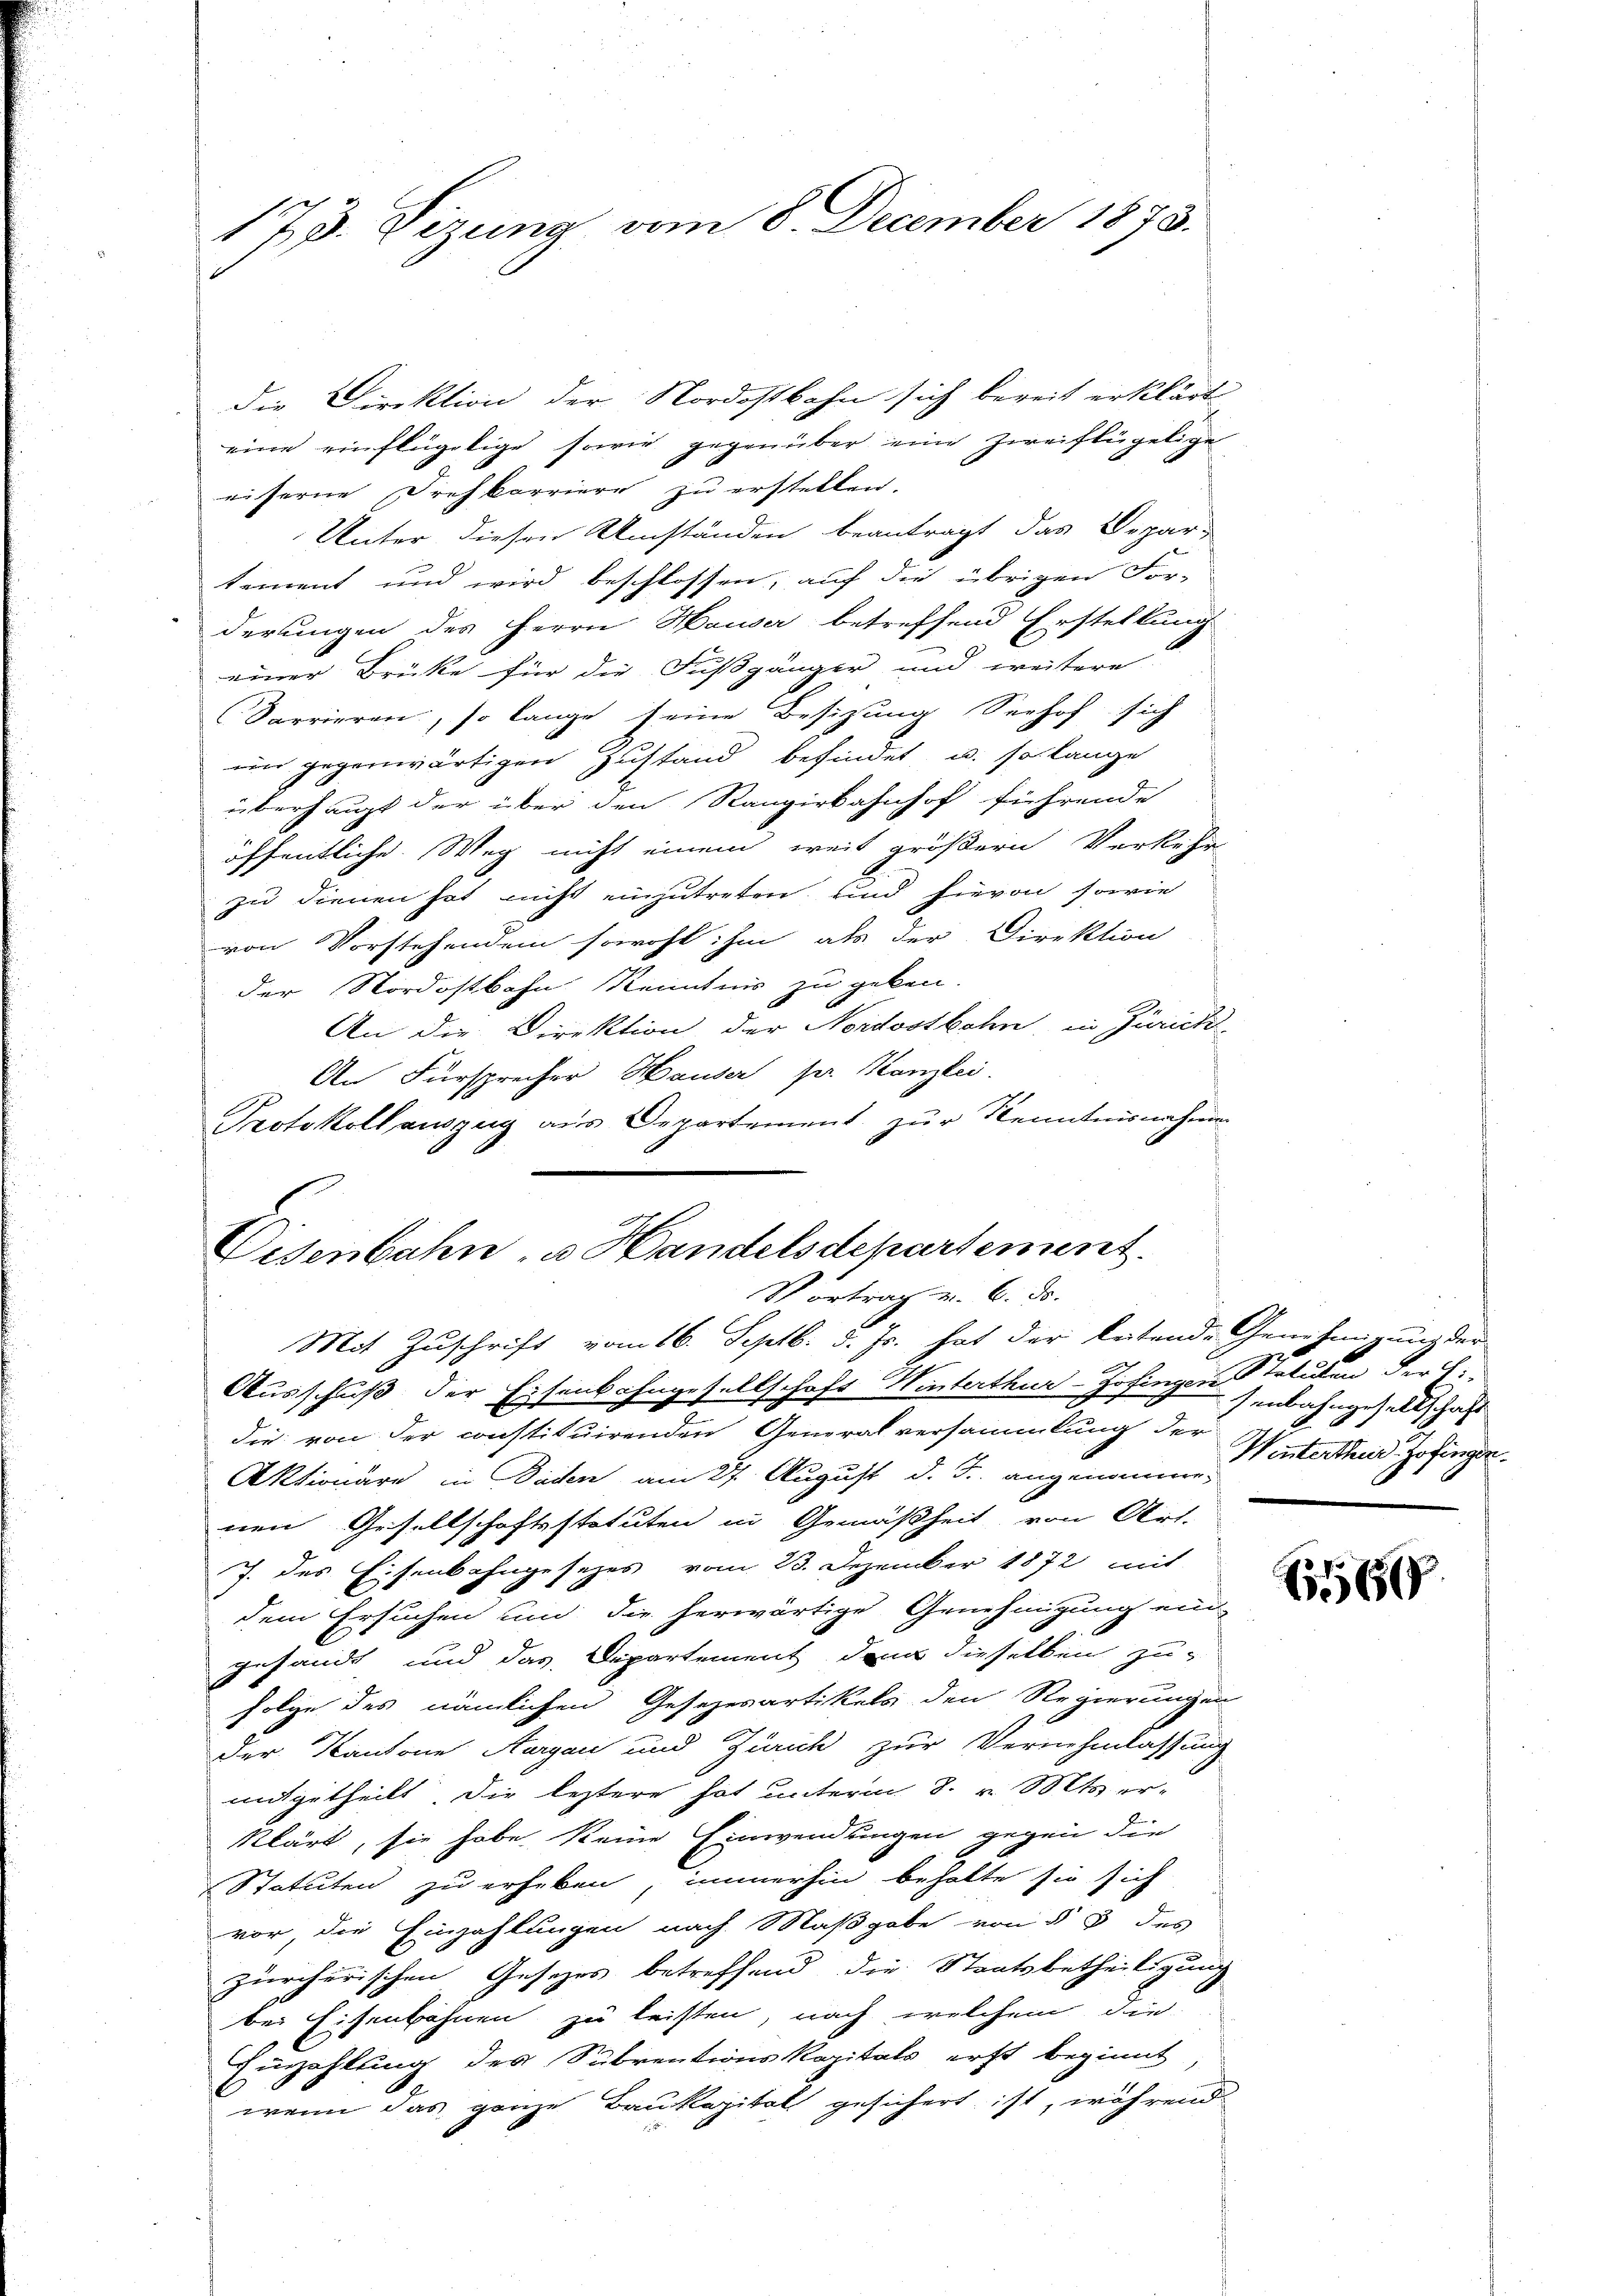
173. Sizung vom 8. December 1873.

die Direktion der Nordostbahn sich bereit erklärt
eine einflügetige sowie gegenüber eine zweiflügelige
eiserne Drehkorriere zu erstellen.
Unter diesen Umständen beantragt das Depar-
tement und wird beschlossen, auf die übrigen For-
derungen des Herrn Hauser betreffend Erstellung
einer Brücke für die Fußgänger und weitere
Sarrieren, so lange seine Besizung Seehof sich
im gegenwärtigen Zustand befindet, u. so lange
überhaupt der über den Rangirkahnhof führende
öffentliche Weg nicht einem weit größern Verkehr
zu dienen hat nicht einzutreten und hievon sowie
von Vorstehenden sowohl. Im als der Direktion
der Nordostbahn Kenntnis zu geben.
An die Direktion der Nordostbahn, in Zürich
An Fürsprecher Hauser sr. Kanzlei.
Protokoll auszug aus Departement zŭr Kenntnisnahmen
Ausschuß der Eisenbahngesellschaft Winterthur–Zofingen Statuten der,
F
die von der constituirenden Generalversammlung der
Aktionäre in Baden am 27. August d. J.. angenommenen Gesellschaftsstatuten in Gemäßheit, von Art.
J. des Eisenbahngesetzes vom 23. Dezember 1872 mit
dem Ersuchen und die herwärtige Genehmigung ein
gesandt und das Departement denn dieselben zu-
folge des nämlichen Gesezesartikels den Regierungen
der Kantone Aargau und Zürich zur Vernehmlassung
mitgetheilt. Die leztere hat unterm 8. v. Mts. er-
klärt, sie habe keine Einwendungen gegen die
.
Statuten zu erheben immerhin behalte sie sich
vor, die Einzahlungen nach Maßgabe von § 3 des
zürcherischen Gesetzes betreffend die Staatsbetheiligung
bei Eisenbahnen zu leisten, nach welchem die
Einzahlung des Subventionskapitals erst beginnt
wenn das ganze Baukapital gesichert ist, während

Disenbahn, u. Handelsdepartement.
Vortrag u. 6. ds.
Mit Zuschrift vom 16. Septb. d. Js. hat der leitende Genehmigung der

senbahngesellschaft
Winterthur, Zofingen.

16